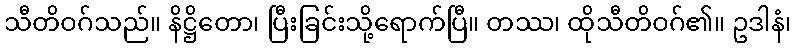
သီတိဝဂ်သည်။ နိဋ္ဌိတော၊ ပြီးခြင်းသို့ရောက်ပြီ။ တဿ၊ ထိုသီတိဝဂ်၏။ ဥဒါနံ၊